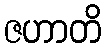
ဇဟာတိ